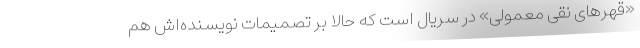
«قهرهای نقی معمولی» در سریال است که حالا بر تصمیمات نویسنده‌اش هم